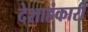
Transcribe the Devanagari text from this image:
देशाहंकारी